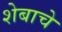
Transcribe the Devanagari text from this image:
शेबाचे